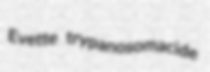
Evette trypanosomacide